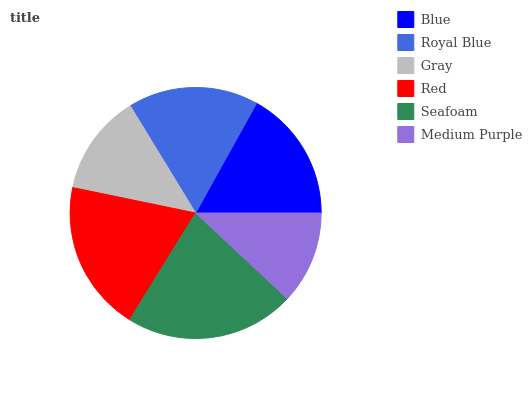
| Blue | Royal Blue | Gray | Red | Seafoam | Medium Purple |
 | --- | --- | --- | --- | --- | --- |
 | 16.9% | 16.7% | 13.1% | 19.5% | 21.8% | 12% |